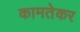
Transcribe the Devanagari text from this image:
कामतेकर